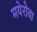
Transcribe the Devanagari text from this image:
मयेरोवा